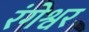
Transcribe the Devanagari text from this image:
रंगेश्वर